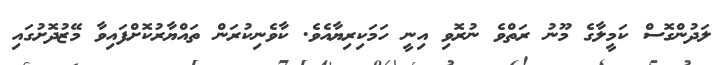
ލަދުންގޮސް ކަމީލާގެ މޫނު ރަތްވެ ނުރޮވި އިނީ ހަމަކިރިޔާއެވެ. ކާވެނިކުރަން ތައްޔާރުކޮށްފައިވާ މޭޒުދޮށުގައި